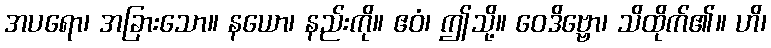
အပရော၊ အခြားသော။ နယော၊ နည်းကို။ ဧဝံ၊ ဤသို့။ ဝေဒိဗ္ဗော၊ သိထိုက်၏။ ဟိ၊